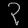
Digit: ၃